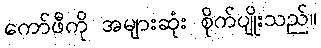
ကော်ဖီကို အများဆုံး စိုက်ပျိုးသည်။